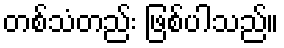
တစ်သံတည်း ဖြစ်ပါသည်။